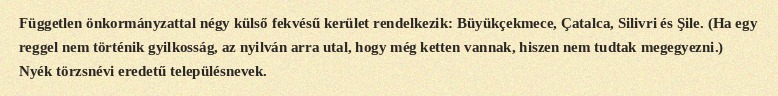
Független önkormányzattal négy külső fekvésű kerület rendelkezik: Büyükçekmece, Çatalca, Silivri és Şile. (Ha egy reggel nem történik gyilkosság, az nyilván arra utal, hogy még ketten vannak, hiszen nem tudtak megegyezni.) Nyék törzsnévi eredetű településnevek.